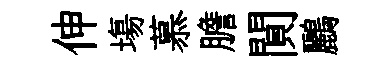
伸塲慕膽閴鸝